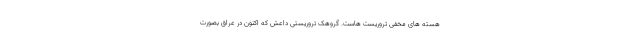
هسته های مخفی تروریست هاست. گروهک تروریستی داعش که اکنون در عراق بصورت